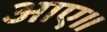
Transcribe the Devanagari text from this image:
आए॥